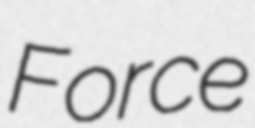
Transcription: Force